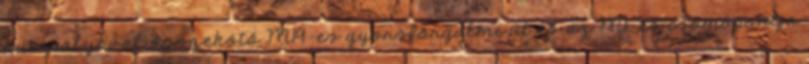
autópályával összekötő M19-es gyorsforgalmi út és az M1-es csomópontja